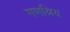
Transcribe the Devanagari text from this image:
गणश्रिय